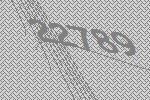
22789